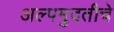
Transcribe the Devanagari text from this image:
अल्पमुदतीचे